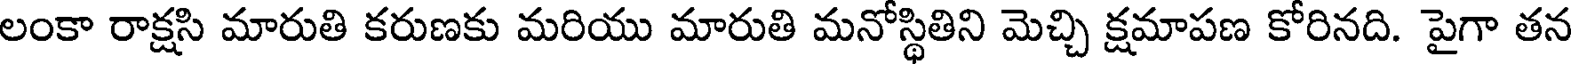
లంకా రాక్షసి మారుతి కరుణకు మరియు మారుతి మనోస్థితిని మెచ్చి క్షమాపణ కోరినది. పైగా తన